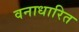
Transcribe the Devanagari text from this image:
वनाधारित